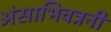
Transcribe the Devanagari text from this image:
अंसाभिवत्रनी